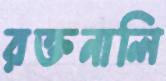
রক্তনালি